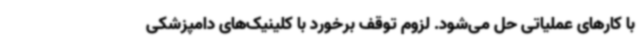
با کارهای عملیاتی حل می‌شود. لزوم توقف برخورد با کلینیک‌های دامپزشکی